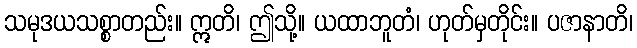
သမုဒယသစ္စာတည်း။ ဣတိ၊ ဤသို့။ ယထာဘူတံ၊ ဟုတ်မှတိုင်း။ ပဇာနာတိ၊